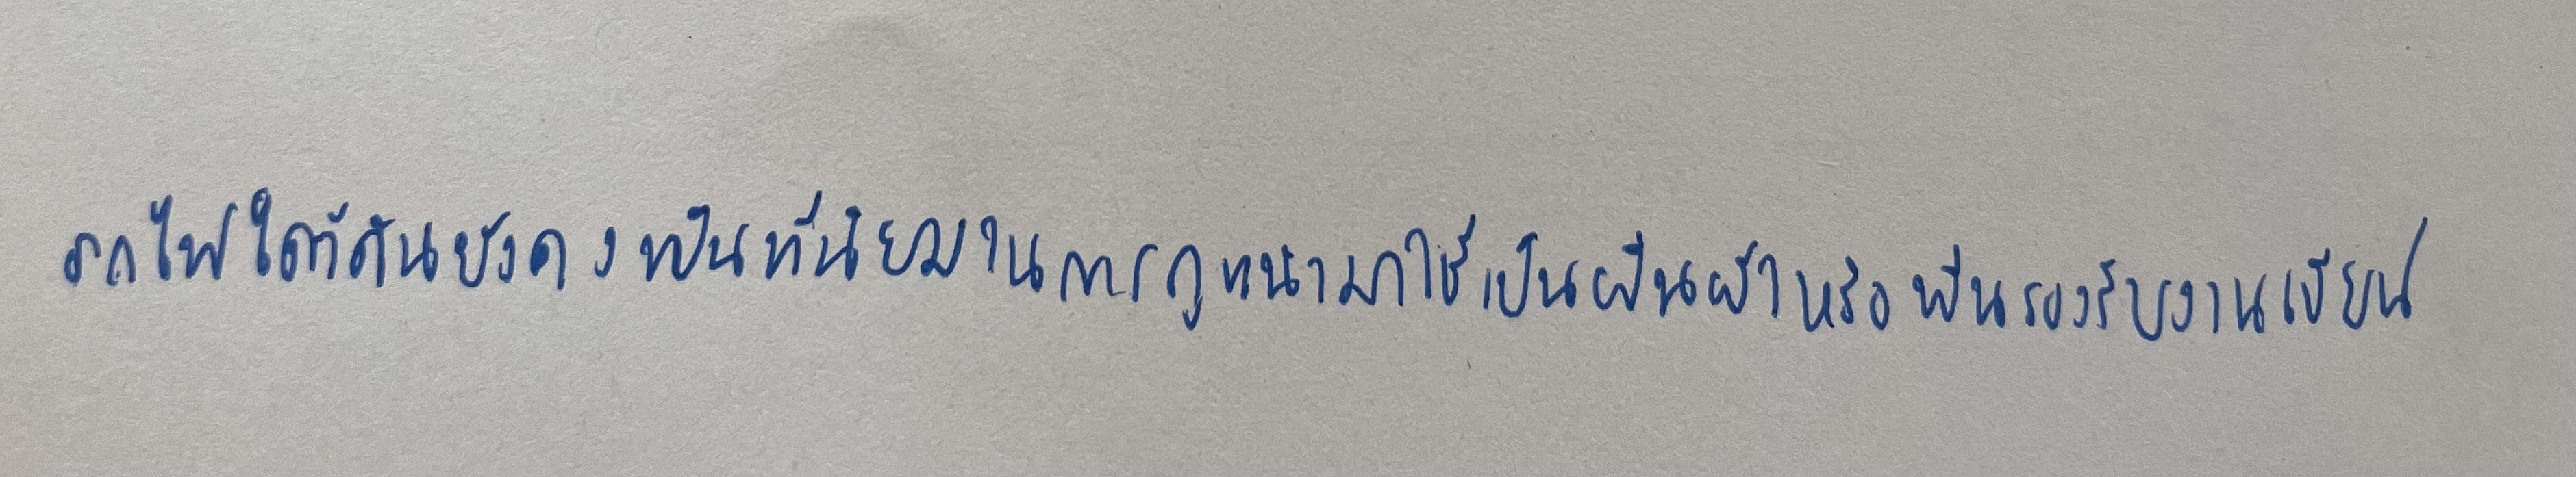
รถไฟใต้ดินยังคงเป็นที่นิยมในการถูกนำมาใช้เป็นผืนผ้าใบหรือพื้นรองรับงานเขียน